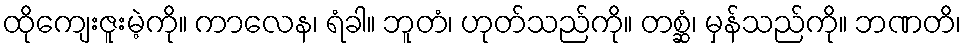
ထိုကျေးဇူးမဲ့ကို။ ကာလေန၊ ရံခါ။ ဘူတံ၊ ဟုတ်သည်ကို။ တစ္ဆံ၊ မှန်သည်ကို။ ဘဏတိ၊